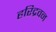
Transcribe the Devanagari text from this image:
हरिद्रवन